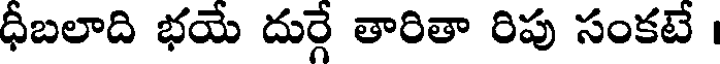
ధీబలాది భయే దుర్గే తారితా రిపు సంకటే